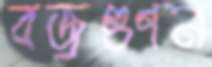
বজ্রগুণন